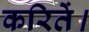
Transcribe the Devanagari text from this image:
करितें।